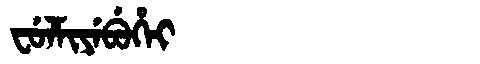
Manchu: ᠸᡠᠯᠮᡳᠶᡝᠪᡠᡥᡝᡳ
Romanization: FULMIYEBUHEI